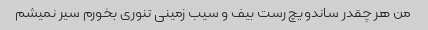
من هر چقدر ساندویچ رست بیف و سیب زمینی تنوری بخورم سیر نمیشم